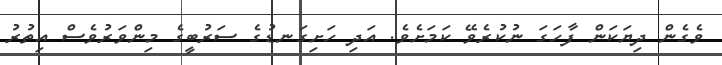
ވެގެން ދިޔަކަން ފާހަގަ ނުކުރެވޭ ކަމަށެވެ. އަދި ހަށިގަނޑުގެ ސަރުބީގެ މިންވަރުވެސް އިތުރު